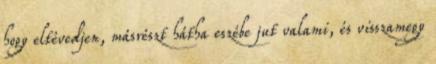
hogy eltévedjen, másrészt hátha eszébe jut valami, és visszamegy